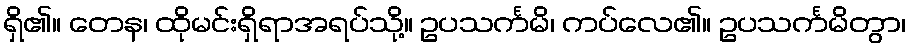
ရှိ၏။ တေန၊ ထိုမင်းရှိရာအရပ်သို့။ ဥပသင်္ကမိ၊ ကပ်လေ၏။ ဥပသင်္ကမိတွာ၊